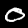
Digit: 0